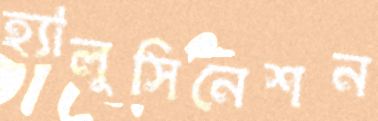
হ্যালুসিনেশন